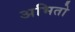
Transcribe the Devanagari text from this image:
अभितो